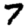
Digit: 7